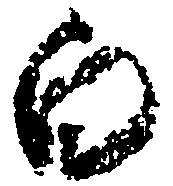
白